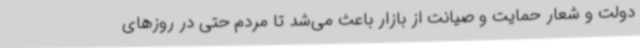
دولت و شعار حمایت و صیانت از بازار باعث می‌شد تا مردم حتی در روزهای